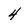
Character: 4